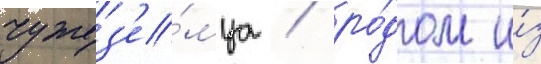
чужез'е́мца / ро́дом и́з